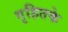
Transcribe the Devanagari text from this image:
गृहितके